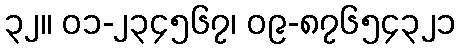
၃၂။ ၀၁-၂၃၄၅၆၇၊ ၀၉-၈၇၆၅၄၃၂၁